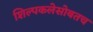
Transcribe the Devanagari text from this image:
शिल्पकलेसोबतच